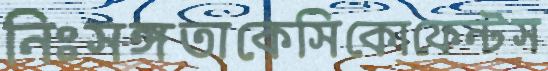
নিঃসঙ্গতাকেসিকোফেন্টস